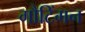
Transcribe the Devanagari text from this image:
गौटिंगन